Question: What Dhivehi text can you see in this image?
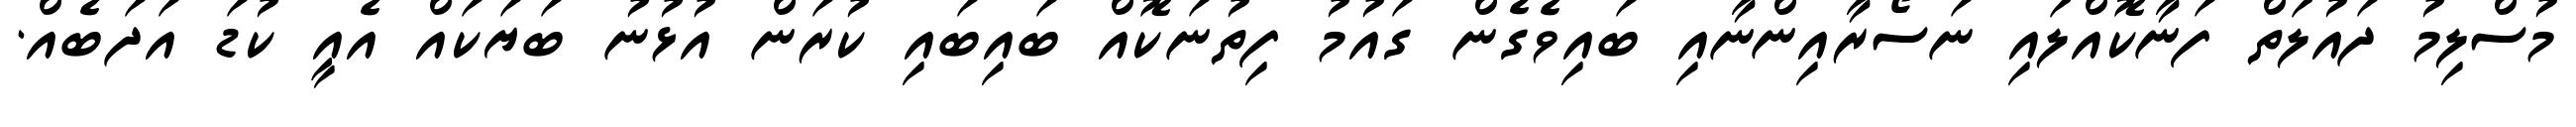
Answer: މުސްލިމު ދައުލަތް ފަނާކޮއްލައި ނަސޯރާއިންނާއި ބައިވެގެން ގައުމު ފިތުނަކޮއް ބައިބައި ކުރަން އުޅުނު ބަޔަކައް އެއީ ކުޑަ އަދަބެއް.